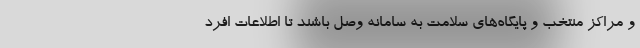
و مراکز منتخب و پایگاه‌های سلامت به سامانه وصل باشند تا اطلاعات افرد